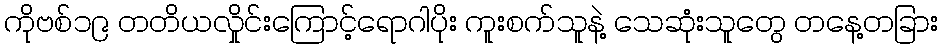
ကိုဗစ်၁၉ တတိယလှိုင်းကြောင့်ရောဂါပိုး ကူးစက်သူနဲ့ သေဆုံးသူတွေ တနေ့တခြား